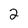
Character: 2